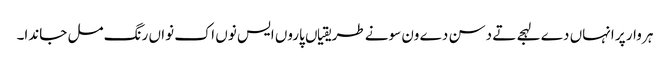
ہر وار پر انہاں دے لہجے تے دسن دے ون سونے طریقیاں پاروں ایس نوں اک نواں رنگ مل جاندا۔